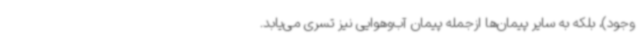
وجود)، بلکه به سایر پیمان‌ها ازجمله پیمان آب‌وهوایی نیز تسری می‌یابد.